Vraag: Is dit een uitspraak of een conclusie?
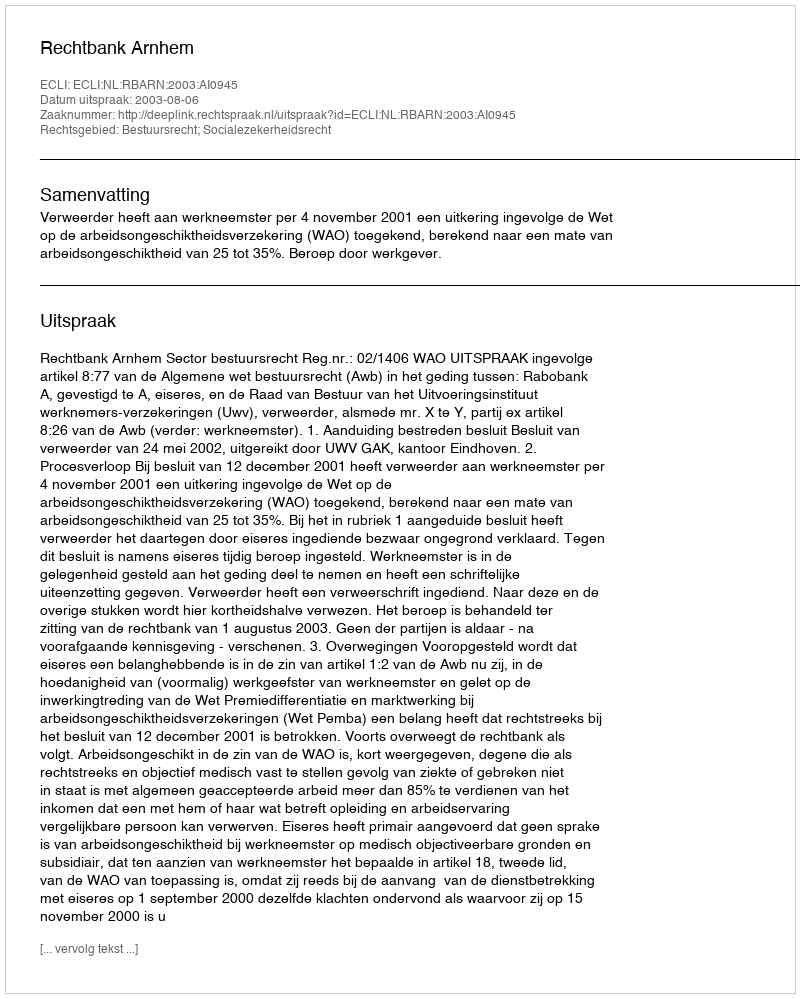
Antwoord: Uitspraak